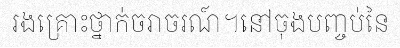
រងគ្រោះថ្នាក់ចរាចរណ៍។នៅចុងបញ្ចប់នៃ